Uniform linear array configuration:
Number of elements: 24
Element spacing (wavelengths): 0.5
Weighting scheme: kaiser
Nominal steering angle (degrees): -15
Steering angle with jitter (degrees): -15.829
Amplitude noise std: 0.05
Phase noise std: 0.05

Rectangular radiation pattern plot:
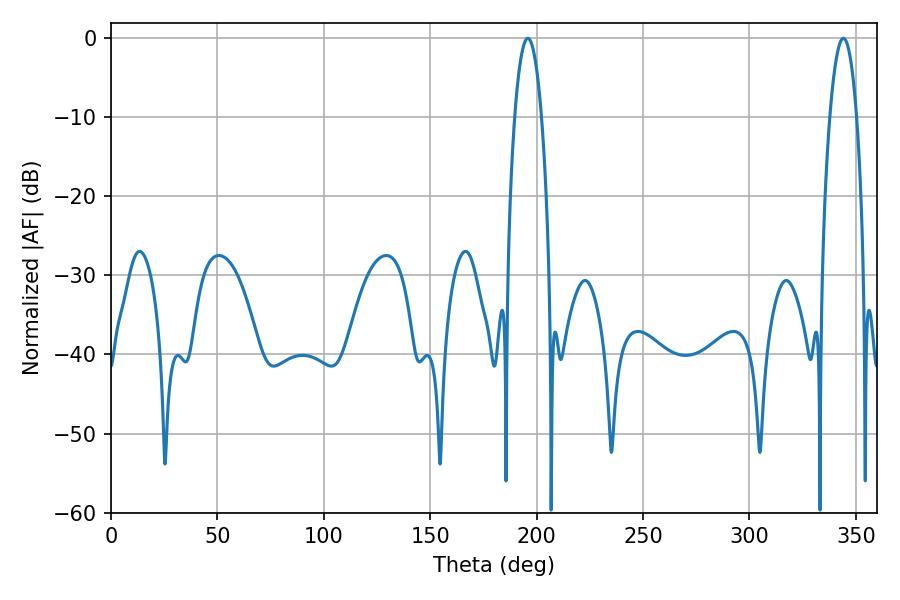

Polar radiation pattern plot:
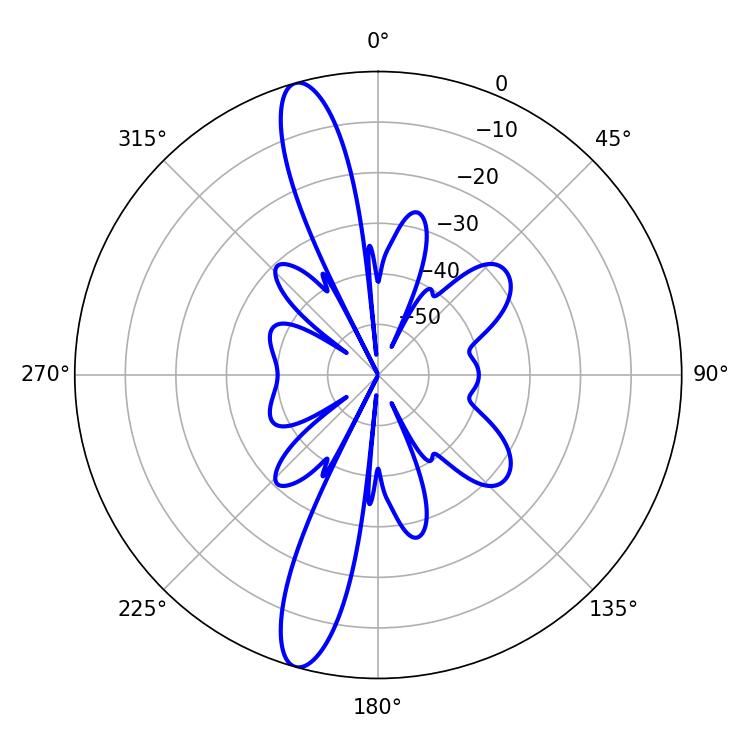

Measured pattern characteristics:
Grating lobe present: FALSE
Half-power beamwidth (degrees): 7.02
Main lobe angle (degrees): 195.84